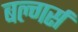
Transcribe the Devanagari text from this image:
बल्गर्स